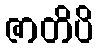
ဇာတိပိ